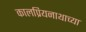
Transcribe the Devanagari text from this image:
कालप्रियनाथाच्या